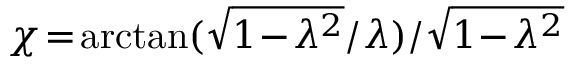
\chi \! = \! \arctan ( \sqrt { 1 \! - \! \lambda ^ { 2 } } / \lambda ) / \sqrt { 1 \! - \! \lambda ^ { 2 } }